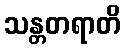
သန္တတရာတိ